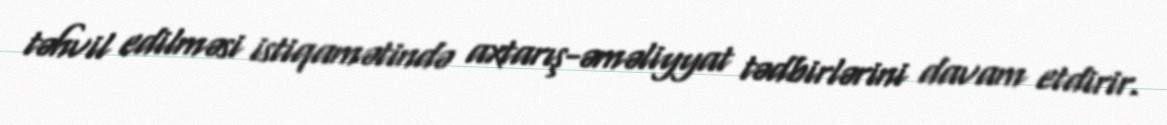
təhvil edilməsi istiqamətində axtarış-əməliyyat tədbirlərini davam etdirir.